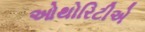
ઓથોરિટીએ